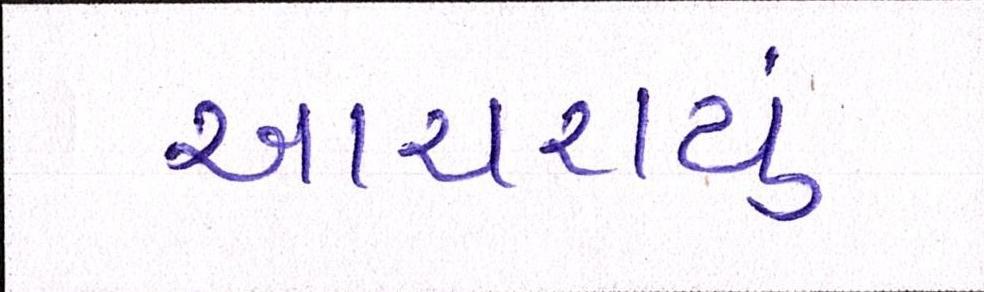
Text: આચરાયું